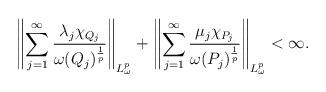
LaTeX: \begin{align*}\left \|\sum\limits_{j=1}^{\infty}\frac{\lambda_j \chi_{Q_j}}{\omega(Q_j)^{\frac{1}{p}}}\right \|_{L_{\omega}^{p}}+\left \|\sum\limits_{j=1}^{\infty}\frac{\mu_j \chi_{P_j}}{\omega(P_j)^{\frac{1}{p}}}\right \|_{L_{\omega}^{p}}<\infty.\end{align*}